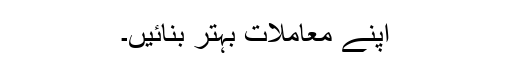
اپنے معاملات بہتر بنائیں۔